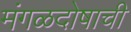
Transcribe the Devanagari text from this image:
मंगळदोषाची